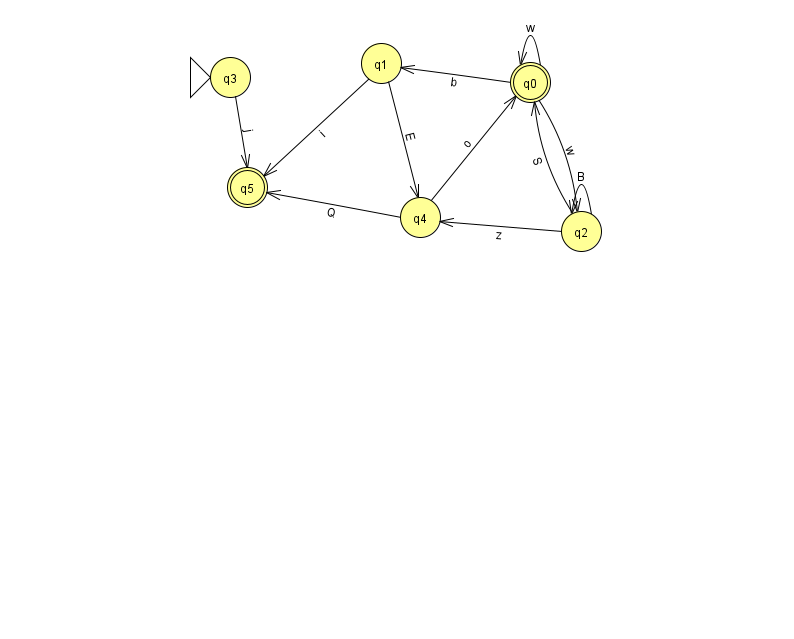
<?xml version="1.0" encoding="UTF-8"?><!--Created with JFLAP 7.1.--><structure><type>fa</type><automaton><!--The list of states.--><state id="0" name="q0"><x>530.0</x><y>69.0</y><final/></state><state id="1" name="q1"><x>381.0</x><y>50.0</y></state><state id="2" name="q2"><x>581.0</x><y>218.0</y></state><state id="3" name="q3"><x>230.0</x><y>64.0</y><initial/></state><state id="4" name="q4"><x>420.0</x><y>204.0</y></state><state id="5" name="q5"><x>247.0</x><y>174.0</y><final/></state><!--The list of transitions.--><transition><from>0</from><to>1</to><read>b</read></transition><transition><from>2</from><to>2</to><read>B</read></transition><transition><from>3</from><to>5</to><read>j</read></transition><transition><from>4</from><to>0</to><read>o</read></transition><transition><from>4</from><to>5</to><read>Q</read></transition><transition><from>0</from><to>0</to><read>w</read></transition><transition><from>1</from><to>5</to><read>i</read></transition><transition><from>1</from><to>4</to><read>E</read></transition><transition><from>2</from><to>4</to><read>z</read></transition><transition><from>0</from><to>2</to><read>w</read></transition><transition><from>2</from><to>0</to><read>S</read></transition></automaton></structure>